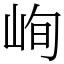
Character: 峋